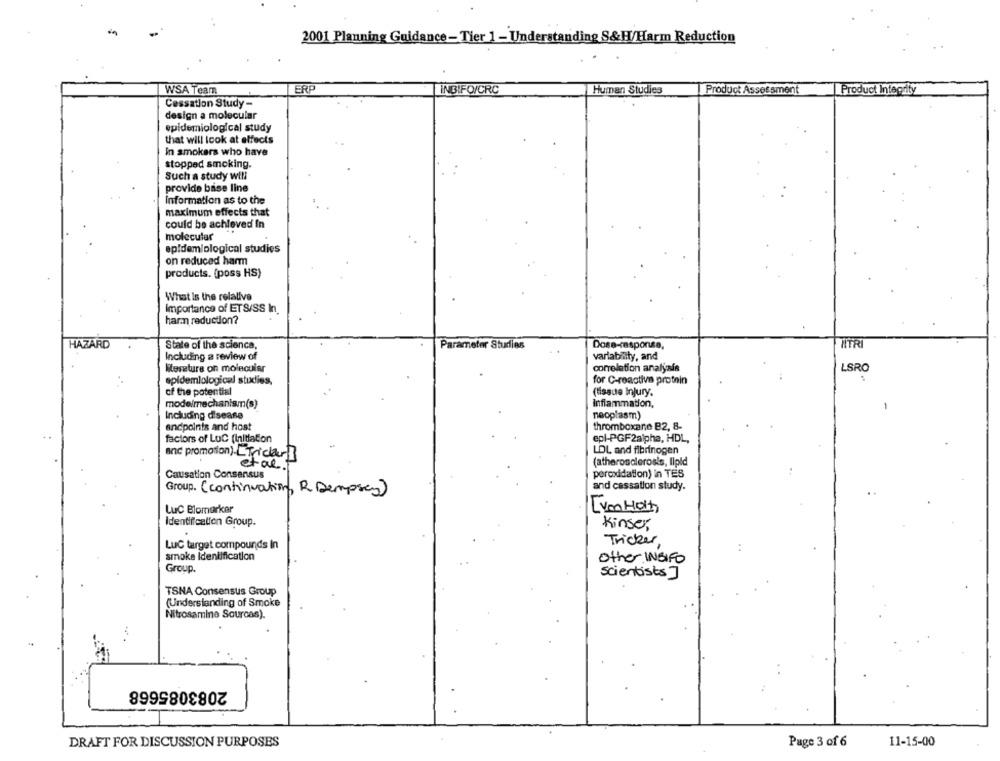
2001 Planning Guidance-Tier 1 - Understanding S& H/Harm Reduction
WSA Team
ERF
INBIFO/CRC
Human Studies
Product Assessment
Product Integrity
Cessation Study -
design a molecular
epidemiological study
that will look at effects
in smokers who have
stopped smoking.
Such a study will
provide base line
Information as to the
maximum effects that
could be achieved In
molecular
epidemiological studies
on reduced harm
products. (poss HS)
What Is the relative
Importance of ETS/SS In.
harm reduction?
HAZARD
State of the science,
Parameter Studies
Dose-response,
Including a review of
varlability, and
ktereture on molecular
correlation analýzaís
LSRO
epidemiological studies,
for C-reactive protein
of the potential
(tissue Injury.
modelmechanism(s)
Inflammation,
Including disease
neoplasm)
andpoints and host
thromboxane B2, 8-
factors of Luc (initiation
epl-PGF2alpha, HDL,
LOL and fibrinogen
and promotion). Tricarl
et al.
(atherosclerosis, lipid
Causation Consensus
peroxidation) in TES
and cassation study.
Group. (continuation, R Dempsey)
Luc Blomarker
identification Group.
Kinser
Luc target compounds In
Tricker,
smoke Identification
Other INBIFO
Group.
scientists]
TSNA Consensus Group
(Understanding of Smoke
Nitrosamine Sourcas).
2083085668
DRAFT FOR DISCUSSION PURPOSES
Page 3 of 6
11-15-00